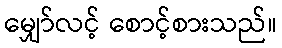
မျှော်လင့် စောင့်စားသည်။